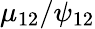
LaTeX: \mu_{12}/\psi_{12}